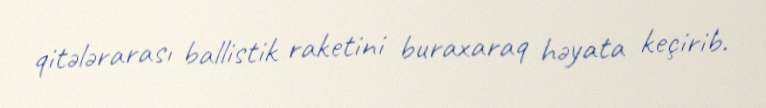
qitələrarası ballistik raketini buraxaraq həyata keçirib.